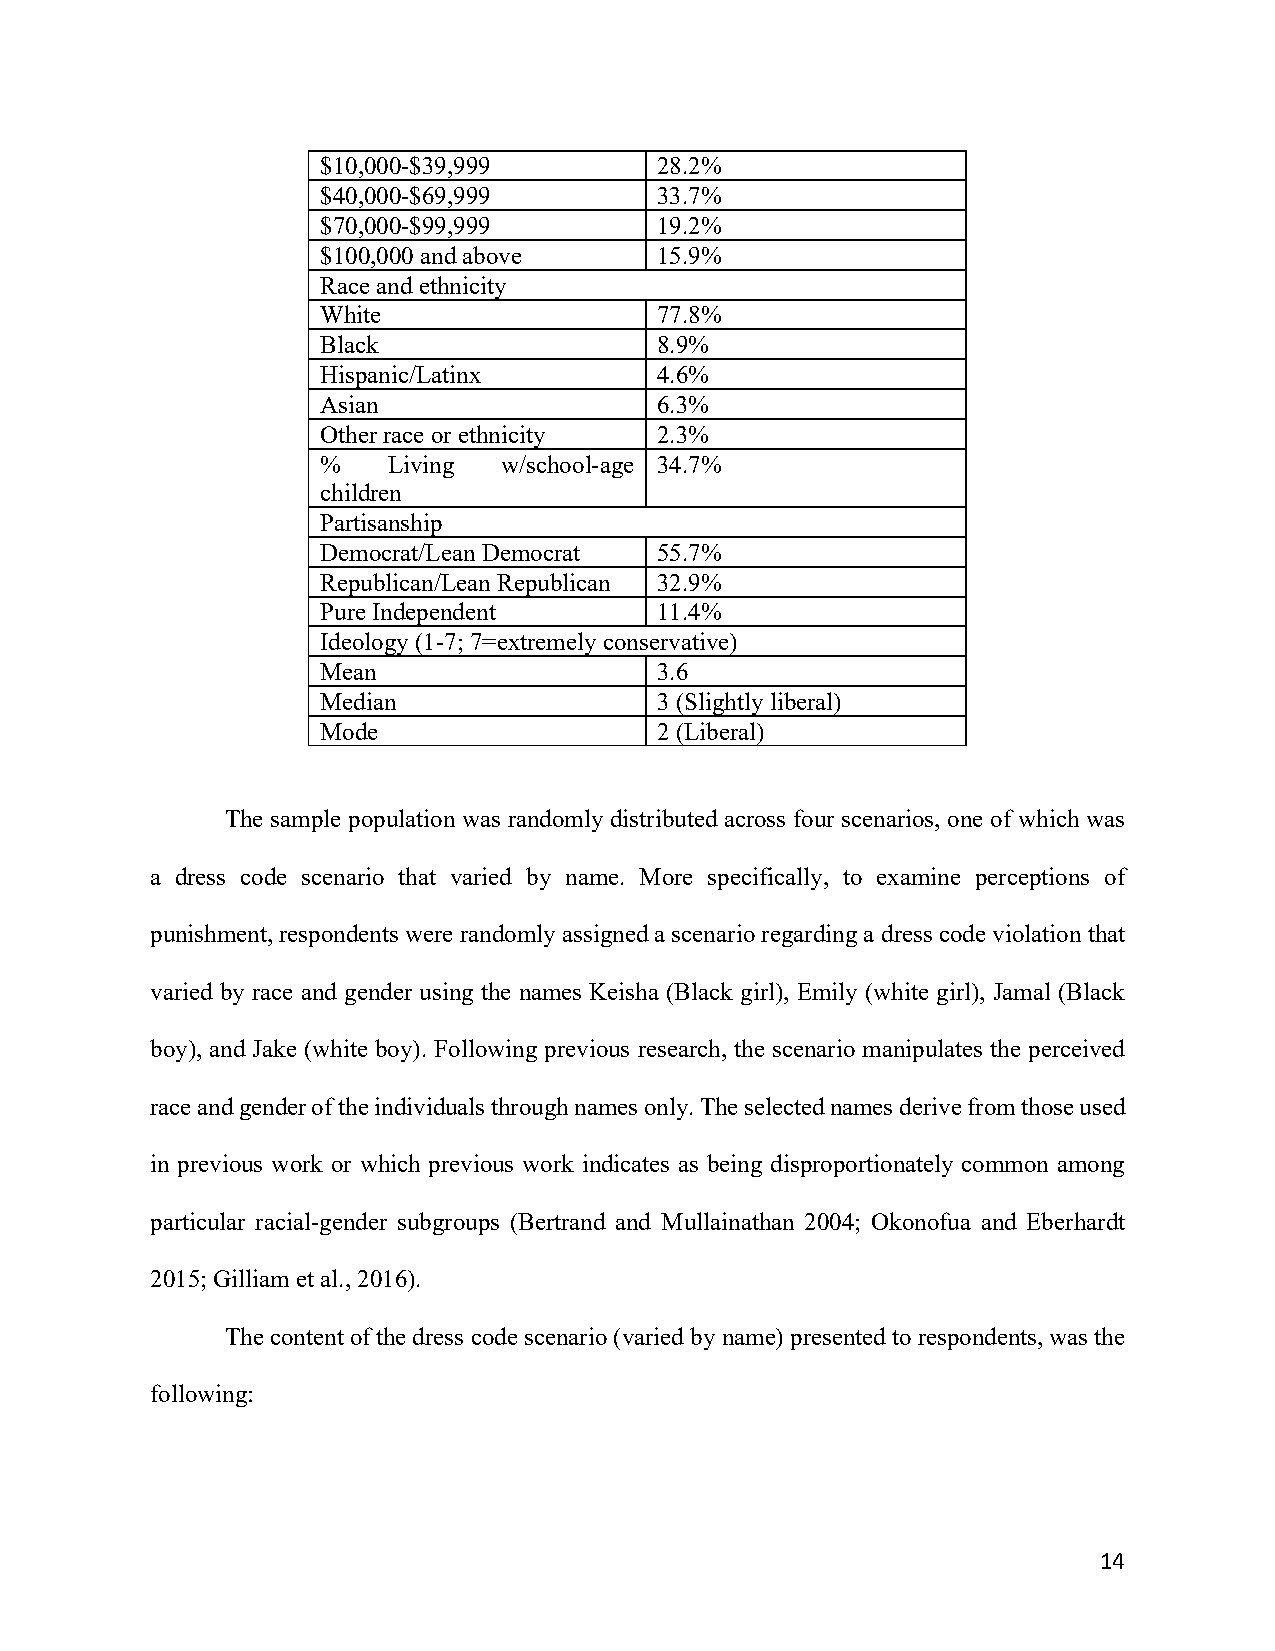
$10,000-$39,999       28.2%
 $40,000-$69,999       33.7%
 $70,000-$99,999       19.2%
 $100,000 and above    15.9%
 Race and ethnicity
 White                 77.8%
 Black                 8.9%
 Hispanic/Latinx       4.6%
 Asian                 6.3%
 Other race or ethnicity 2.3%
 %    Living w/school-age 34.7%
 children
 Partisanship
 Democrat/Lean Democrat 55.7%
 Republican/Lean Republican 32.9%
 Pure Independent      11.4%
 Ideology (1-7; 7=extremely conservative)
 Mean                  3.6
 Median                3 (Slightly liberal)
 Mode                  2 (Liberal)
 The sample population was randomly distributed across four scenarios, one of which was
 a dress code scenario that varied by name. More specifically, to examine perceptions of
 punishment, respondents were randomly assigned a scenario regarding a dress code violation that
 varied by race and gender using the names Keisha (Black girl), Emily (white girl), Jamal (Black
 boy), and Jake (white boy). Following previous research, the scenario manipulates the perceived
 race and gender of the individuals through names only. The selected names derive from those used
 in previous work or which previous work indicates as being disproportionately common among
 particular racial-gender subgroups (Bertrand and Mullainathan 2004; Okonofua and Eberhardt
 2015; Gilliam et al., 2016).
 The content of the dress code scenario (varied by name) presented to respondents, was the
 following:
 14